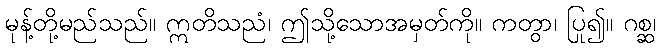
မုန့်တို့မည်သည်။ ဣတိသညံ၊ ဤသို့သောအမှတ်ကို။ ကတွာ၊ ပြု၍။ ဂစ္ဆ၊